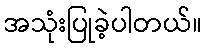
အသုံးပြုခဲ့ပါတယ်။